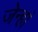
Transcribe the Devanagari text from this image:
जेन्हां